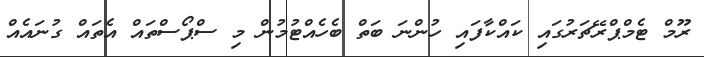
ރޫމް ޓެމްޕްރޭޗަރުގައި ކައްކާފައި ހުންނަ ބަތް ބެހެއްޓުމުން މި ސްޕޯސްތައް އެތައް ގުނައެއް